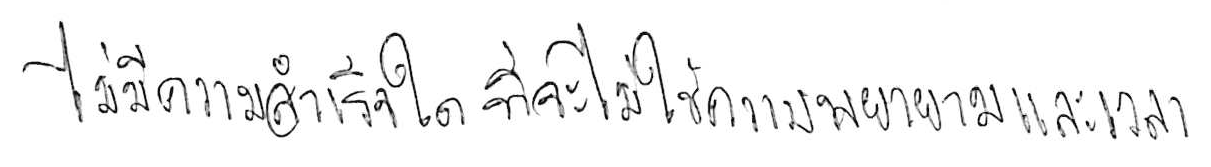
ไม่มีความสำเร็จใด ที่จะไม่ใช้ความพยายามและเวลา